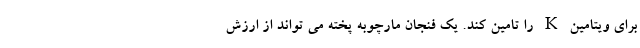
برای ویتامین K را تامین کند. یک فنجان مارچوبه پخته می تواند از ارزش